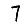
Digit: 7